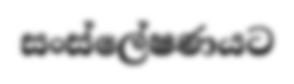
සංස්ලේෂණයට